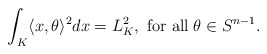
\begin{align*}\int_K \langle x,\theta\rangle^2 dx=L_K^2 ,~ \hbox{for all}\; \theta \in S^{n-1} .\end{align*}